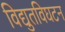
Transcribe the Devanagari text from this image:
विद्युतविघटन